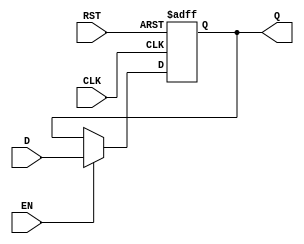
`timescale 1ns / 1ps
//////////////////////////////////////////////////////////////////////////////////
// Company: ITCR
// 
// 
// Module Name: FF_D
// Project Name: 
// Target Devices: 
// Tool Versions: 
// Description: 
// 
// Dependencies: 
// 
// Revision:
// Revision 0.01 - File Created
// Additional Comments:
// 
//////////////////////////////////////////////////////////////////////////////////


module FF_D	#(parameter P = 32) //REGISTRO DE 32 BITS
(
input wire CLK, //RELOJ DEL SISTEMA
input wire RST, //RESET
input wire EN, //ENABLE
input wire [P-1:0] D, //ENTRADA
output reg [P-1:0] Q //SALIDA
);

always @(posedge CLK, posedge RST)
begin
    if(RST)
        Q <= 0;
    else if(EN)
        Q <= D;
    else
        Q <= Q;
end

endmodule